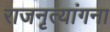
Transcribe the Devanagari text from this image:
राजनृत्यांगना